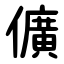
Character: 儣